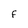
Character: F